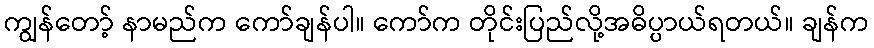
ကျွန်တော့် နာမည်က ကော်ချန်ပါ။ ကော်က တိုင်းပြည်လို့အဓိပ္ပာယ်ရတယ်။ ချန်က